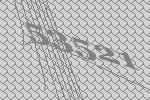
53521